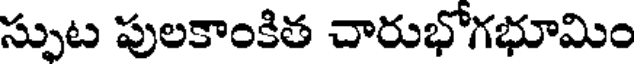
స్పుట పులకాంకిత చారుభోగభూమిం